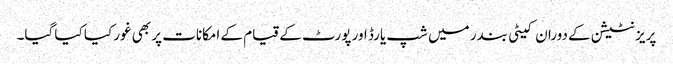
پریزنٹیشن کے دوران کیٹی بندر میں شپ یارڈ اور پورٹ کے قیام کے امکانات پر بھی غور کیا کیا گیا۔